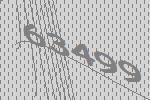
63499